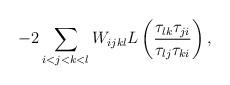
LaTeX: \begin{align*}-2\sum_{i<j<k<l}W_{ijkl}L\left( \frac{\tau _{lk}\tau _{ji}}{\tau _{lj}\tau_{ki}}\right) ,\end{align*}